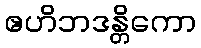
ဧဟိဘဒန္တိကော